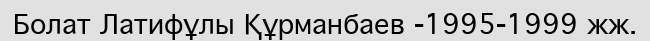
Болат Латифұлы Құрманбаев -1995-1999 жж.